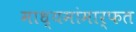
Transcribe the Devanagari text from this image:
माध्यमांमार्फत